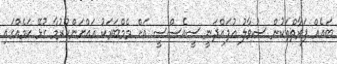
ބައެއް ފަރާތްތަކުން ސުވާލު އުފައްދަނީ ސީއެސްސީ އަށް މެމްބަރަކު އައްޔަންކުރުމާ ގުޅޭ ކަމެއްގައި